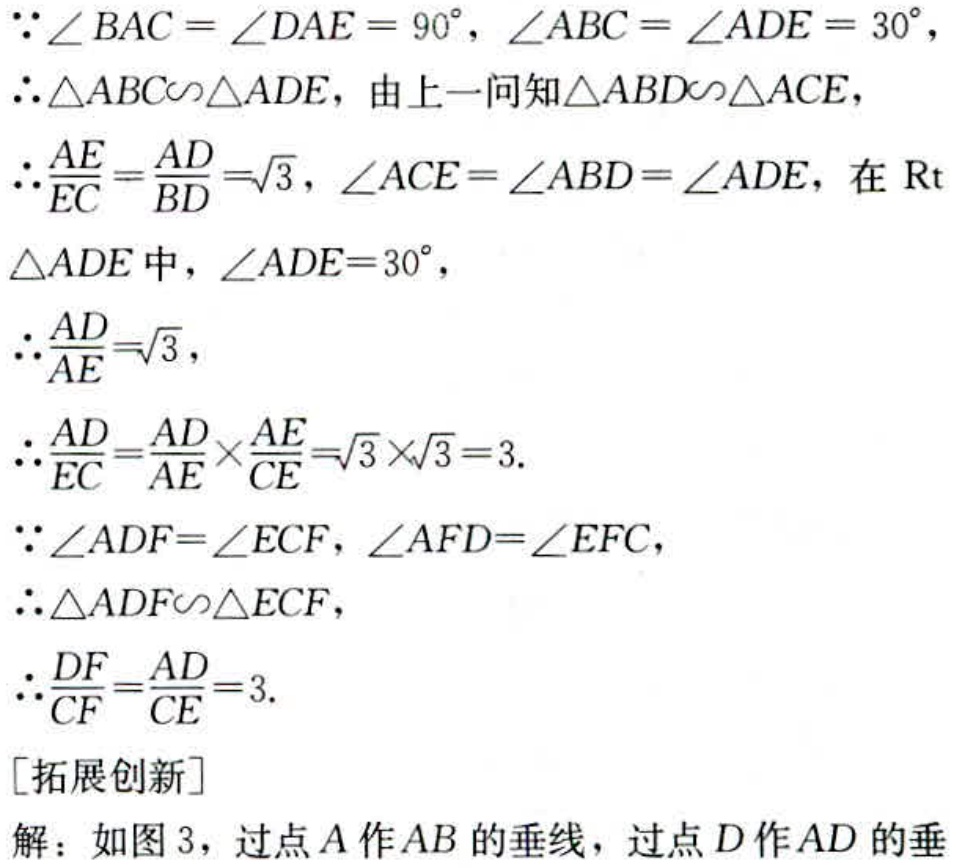
\(
\begin{align*}
&\because\angle BAC = \angle DAE = 90^{\circ}, \angle ABC = \angle ADE = 30^{\circ},\\
&\therefore\triangle ABC\sim\triangle ADE，\text{由上一问知}\triangle ABD\sim\triangle ACE,\\
&\therefore\frac{AE}{EC}=\frac{AD}{BD}=\sqrt{3}, \angle ACE = \angle ABD = \angle ADE，\text{在Rt} \\
&\triangle ADE\text{中}，\angle ADE = 30^{\circ},\\
&\therefore\frac{AD}{AE}=\sqrt{3},\\
&\therefore\frac{AD}{EC}=\frac{AD}{AE}\times\frac{AE}{CE}=\sqrt{3}\times\sqrt{3}=3.\\
&\because\angle ADF = \angle ECF, \angle AFD = \angle EFC,\\
&\therefore\triangle ADF\sim\triangle ECF,\\
&\therefore\frac{DF}{CF}=\frac{AD}{CE}=3.\\
&[\text{拓展创新}]\\
&\text{解：如图3，过点}A\text{作}AB\text{的垂线，过点}D\text{作}AD\text{的垂}
\end{align*}
\)